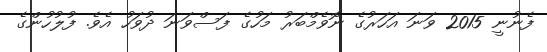
ފެނުނީ 2015 ވަނަ އަހަރުގެ ނޮވެމްބަރު މަހުގެ ފަސްވަނަ ދުވަހު އެވެ. ފުލުހުންގެ